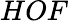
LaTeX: HOF